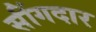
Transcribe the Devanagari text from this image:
सींगदार